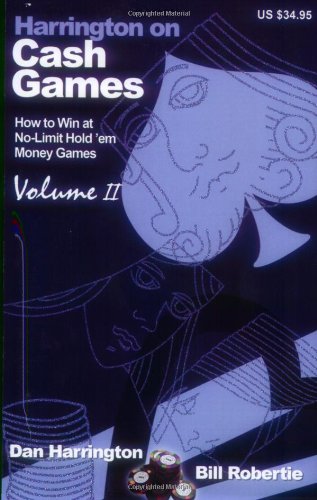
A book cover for Harrington on Cash Games, Volume II: How to Play No-Limit Hold 'em Cash Games; Dan Harrington; Humor & Entertainment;